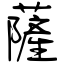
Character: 薩